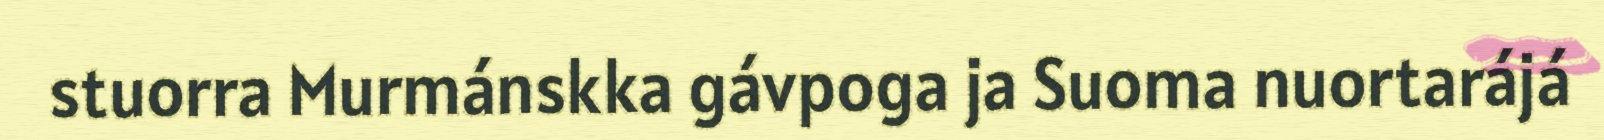
stuorra Murmánskka gávpoga ja Suoma nuortarájá